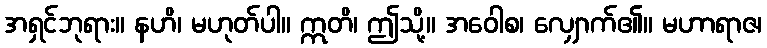
အရှင်ဘုရား။ နဟိ၊ မဟုတ်ပါ။ ဣတိ၊ ဤသို့။ အဝေါစ၊ လျှောက်၏။ မဟာရာဇ၊